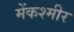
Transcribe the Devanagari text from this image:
मेंकश्मीर